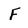
Character: F